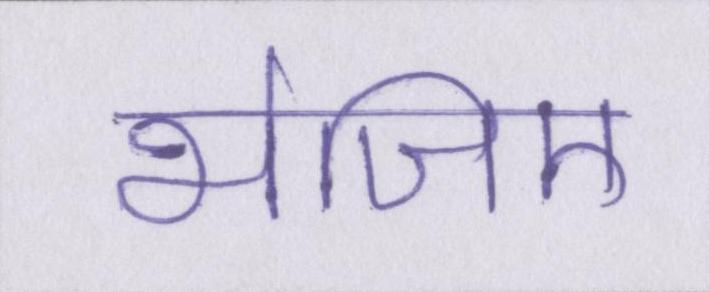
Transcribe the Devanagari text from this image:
भेजिए